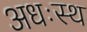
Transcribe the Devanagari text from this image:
अधःस्थ